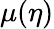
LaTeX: \mu(\eta)